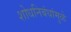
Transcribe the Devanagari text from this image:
शोधनिबंधांमुळे